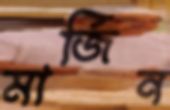
মার্জিন